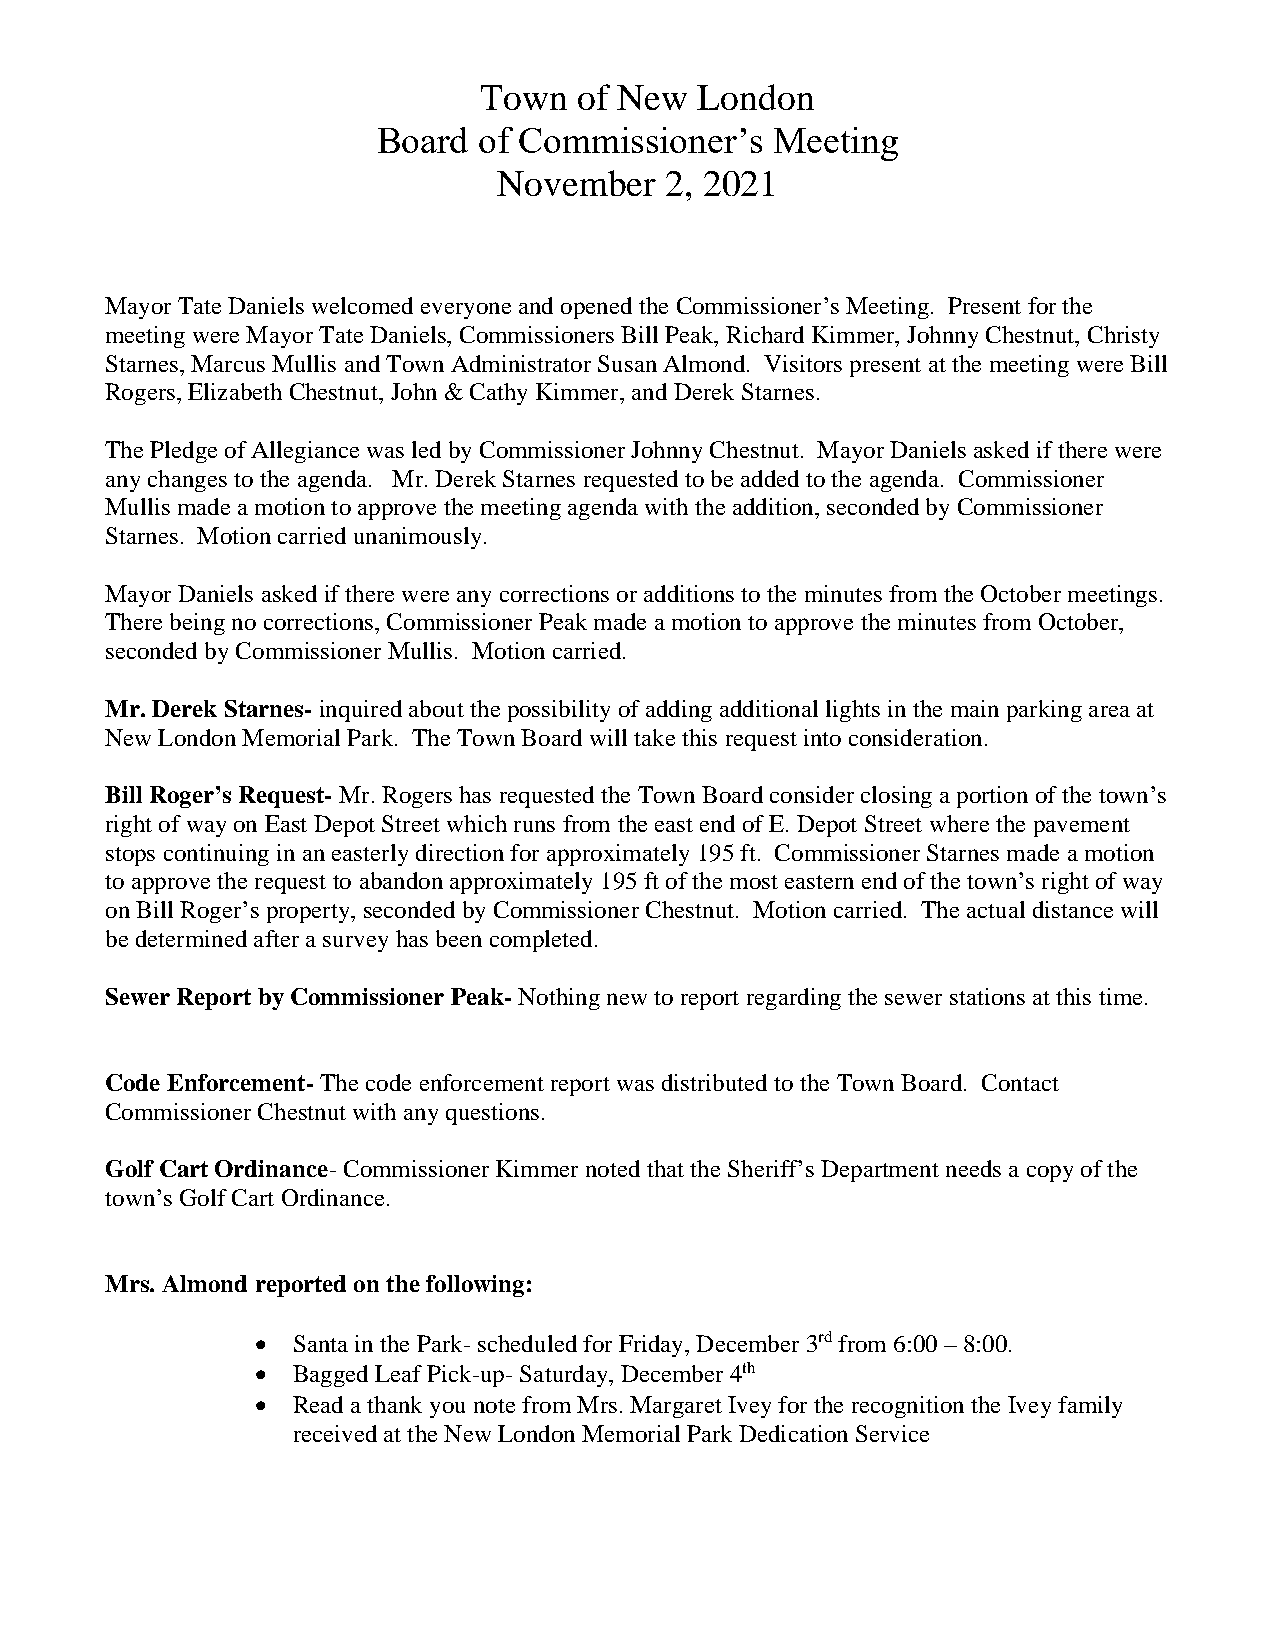
Town  of New  London
 Board  of Commissioner’s  Meeting
 November   2, 2021
 Mayor Tate Daniels welcomed everyone and opened the Commissioner’s Meeting. Present for the
 meeting were Mayor Tate Daniels, Commissioners Bill Peak, Richard Kimmer, Johnny Chestnut, Christy
 Starnes, Marcus Mullis and Town Administrator Susan Almond. Visitors present at the meeting were Bill
 Rogers, Elizabeth Chestnut, John & Cathy Kimmer, and Derek Starnes.
 The Pledge of Allegiance was led by Commissioner Johnny Chestnut. Mayor Daniels asked if there were
 any changes to the agenda. Mr. Derek Starnes requested to be added to the agenda. Commissioner
 Mullis made a motion to approve the meeting agenda with the addition, seconded by Commissioner
 Starnes. Motion carried unanimously.
 Mayor Daniels asked if there were any corrections or additions to the minutes from the October meetings.
 There being no corrections, Commissioner Peak made a motion to approve the minutes from October,
 seconded by Commissioner Mullis. Motion carried.
 Mr. Derek Starnes- inquired about the possibility of adding additional lights in the main parking area at
 New London Memorial Park. The Town Board will take this request into consideration.
 Bill Roger’s Request- Mr. Rogers has requested the Town Board consider closing a portion of the town’s
 right of way on East Depot Street which runs from the east end of E. Depot Street where the pavement
 stops continuing in an easterly direction for approximately 195 ft. Commissioner Starnes made a motion
 to approve the request to abandon approximately 195 ft of the most eastern end of the town’s right of way
 on Bill Roger’s property, seconded by Commissioner Chestnut. Motion carried. The actual distance will
 be determined after a survey has been completed.
 Sewer Report by Commissioner Peak- Nothing new to report regarding the sewer stations at this time.
 Code Enforcement- The code enforcement report was distributed to the Town Board. Contact
 Commissioner Chestnut with any questions.
 Golf Cart Ordinance- Commissioner Kimmer noted that the Sheriff’s Department needs a copy of the
 town’s Golf Cart Ordinance.
 Mrs. Almond reported on the following:
 • Santa in the Park- scheduled for Friday, December 3rd from 6:00 – 8:00.
 • Bagged Leaf Pick-up- Saturday, December 4th
 • Read a thank you note from Mrs. Margaret Ivey for the recognition the Ivey family
 received at the New London Memorial Park Dedication Service